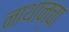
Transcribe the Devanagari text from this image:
नाथान्चा